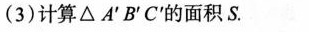
(3)计算△A'B'C'的面积S。